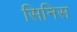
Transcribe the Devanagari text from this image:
सिनिस